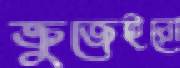
ক্রুজেইরো